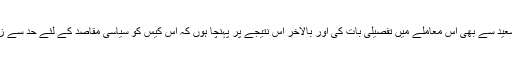
میں نے مراد سعید سے بھی اس معاملے میں تفصیلی بات کی اور بالآخر اس نتیجے پر پہنچا ہوں کہ اس کیس کو سیاسی مقاصد کے لئے حد سے زیادہ اچھالا گیا۔